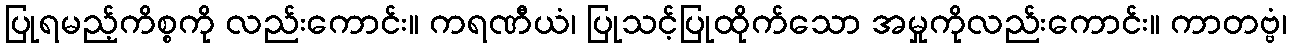
ပြုရမည့်ကိစ္စကို လည်းကောင်း။ ကရဏီယံ၊ ပြုသင့်ပြုထိုက်သော အမှုကိုလည်းကောင်း။ ကာတဗ္ဗံ၊